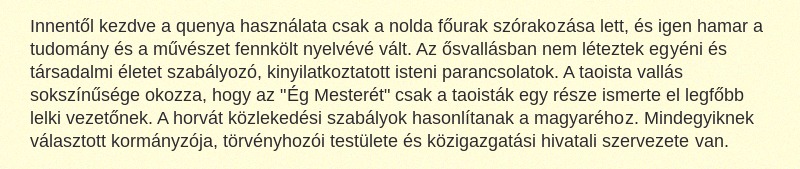
Innentől kezdve a quenya használata csak a nolda főurak szórakozása lett, és igen hamar a tudomány és a művészet fennkölt nyelvévé vált. Az ősvallásban nem léteztek egyéni és társadalmi életet szabályozó, kinyilatkoztatott isteni parancsolatok. A taoista vallás sokszínűsége okozza, hogy az "Ég Mesterét" csak a taoisták egy része ismerte el legfőbb lelki vezetőnek. A horvát közlekedési szabályok hasonlítanak a magyaréhoz. Mindegyiknek választott kormányzója, törvényhozói testülete és közigazgatási hivatali szervezete van.